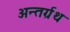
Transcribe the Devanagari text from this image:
अन्तर्ग्रथ